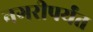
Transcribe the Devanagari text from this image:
नगरीपर्यंत